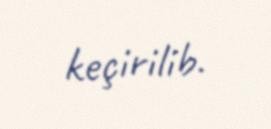
keçirilib.